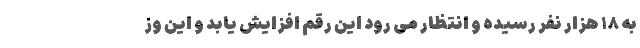
به ۱۸ هزار نفر رسیده و انتظار می رود این رقم افزایش یابد و این وز